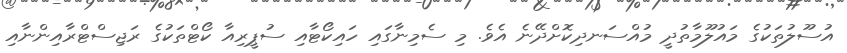
އުސޫލުތަކުގެ މައުލޫމާތުދީ މުއްސަނދިކޮށްދޭނެ އެވެ. މި ސެމިނާގައި ހައިކޯޓާއި ސުޕީރިއާ ކޯޓްތަކުގެ ރަޖިސްޓްރާއިންނާއި